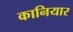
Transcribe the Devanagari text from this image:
कानियार